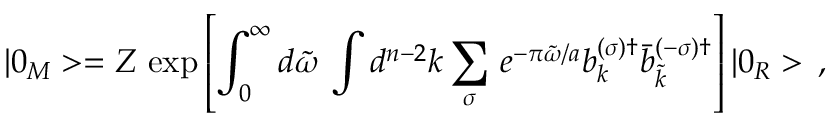
| 0 _ { M } > = Z \, \exp \left[ { \int _ { 0 } ^ { \infty } d \tilde { \omega } \, \int d ^ { n - 2 } k \sum _ { \sigma } \, e ^ { - \pi \tilde { \omega } / a } b _ { k } ^ { ( \sigma ) \dagger } \bar { b } _ { \tilde { k } } ^ { ( - \sigma ) \dagger } } \right] | 0 _ { R } > \, { , }